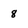
Character: 8